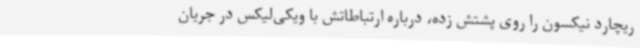
ریچارد نیکسون را روی پشتش زده، درباره ارتباطاتش با ویکی‌لیکس در جریان